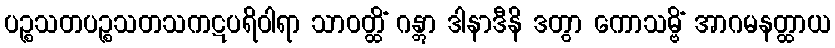
ပဉ္စသတပဉ္စသတသကဋပရိဝါရာ သာဝတ္ထိံ ဂန္တွာ ဒါနာဒီနိ ဒတွာ ကောသမ္ဗိံ အာဂမနတ္ထာယ